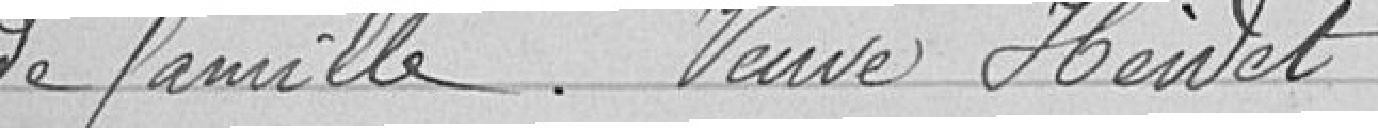
de famille. Veuve Heidet